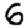
Digit: 6